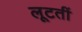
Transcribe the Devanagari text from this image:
लूटतीं